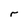
Character: r